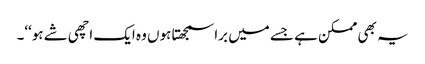
یہ بھی ممکن ہے جسے میں برا سمجھتا ہوں وہ ایک اچھی شے ہو‘‘۔